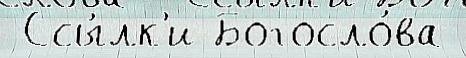
 Ссы́лк'и Богосло́ва